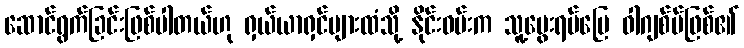
ဆောင်ရွက်ခြင်းဖြစ်ပါတယ်ဟု ရှယ်ယာရှင်များထံသို့ နိုင်းဝမ်းက သူ့မွေးရပ်မြေ ဝါဂျစ်ဗ်ဖြစ်၏